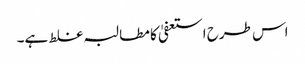
اس طرح استعفیٰ کا مطالبہ غلط ہے۔